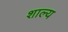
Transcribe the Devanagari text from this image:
शाल्य